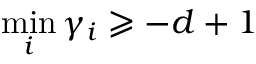
\operatorname* { m i n } _ { i } \gamma _ { i } \geqslant - d + 1